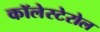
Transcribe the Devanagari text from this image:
कॉलेस्टेरोल